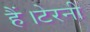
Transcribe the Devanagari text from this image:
हैं।टेरनी